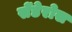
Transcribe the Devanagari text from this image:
सेंडेरोस